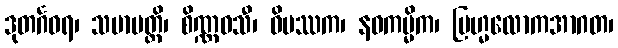
ဒုတင်္ဂဓရ၊ သမာပတ္တိ၊ စိဏ္ဏဝသီ၊ ဝိပဿက၊ နဝကမ္မိက၊ ဗြဟ္မလောကအာဂတ၊